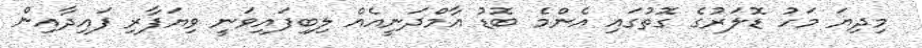
މިދިޔަ މަހު ޑޮލަރުގެ ގޮތުގައި އެންމެ ބޮޑު އާމްދަނީއެއް ލިބިފައިވަނީ ވިޔަފާރި ފައިދާއިން